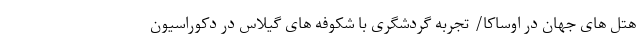
هتل های جهان در اوساکا/ تجربه گردشگری با شکوفه های گیلاس در دکوراسیون